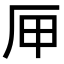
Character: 㕅